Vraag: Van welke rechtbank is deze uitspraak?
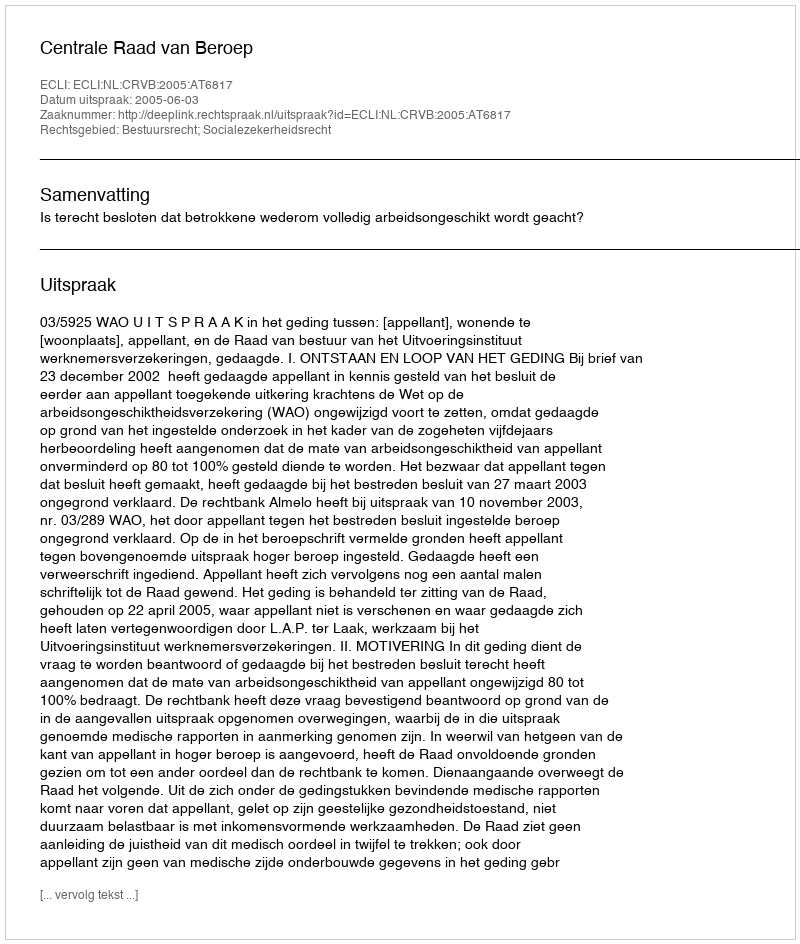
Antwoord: Centrale Raad van Beroep